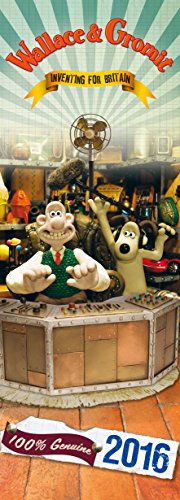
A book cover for The Official Wallace and Gromit 2016 Slim Calendar; Calendars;